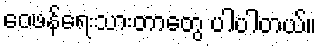
ဝေဖန်ရေးသားတာတွေ ပါပါတယ်။